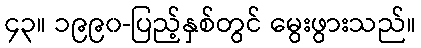
၄၃။ ၁၉၉၀-ပြည့်နှစ်တွင် မွေးဖွားသည်။